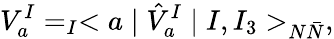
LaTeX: V_{a}^{I}=_{I}<a\mid\hat{V}_{a}^{I}\mid I,I_{3}>_{N\bar{N}},